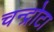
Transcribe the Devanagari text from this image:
चन्द्रोटा